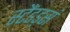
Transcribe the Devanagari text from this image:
स्टैंडड्सं